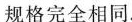
规格完全相同。